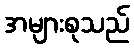
အများစုသည်